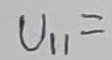
Text: U11=